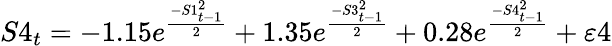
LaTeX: S4_{t}=-1.15e^{\frac{-S1_{t-1}^{2}}{2}}+1.35e^{\frac{-S3_{t-1}^{2}}{2}}+0.28e^{\frac{-S4_{t-1}^{2}}{2}}+\varepsilon 4